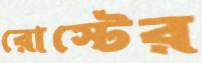
রোস্টের